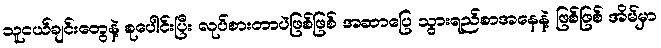
သူငယ်ချင်းတွေနဲ့ စုပေါင်းပြီး လုပ်စားတာပဲဖြစ်ဖြစ် အဆာပြေ သွားရည်စာအနေနဲ့ ဖြစ်ဖြစ် အိမ်မှာ